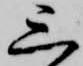
三